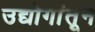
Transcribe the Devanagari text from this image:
उद्योगांतून